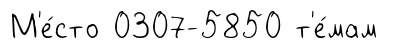
М'е́сто 0307-5850 т'е́мам